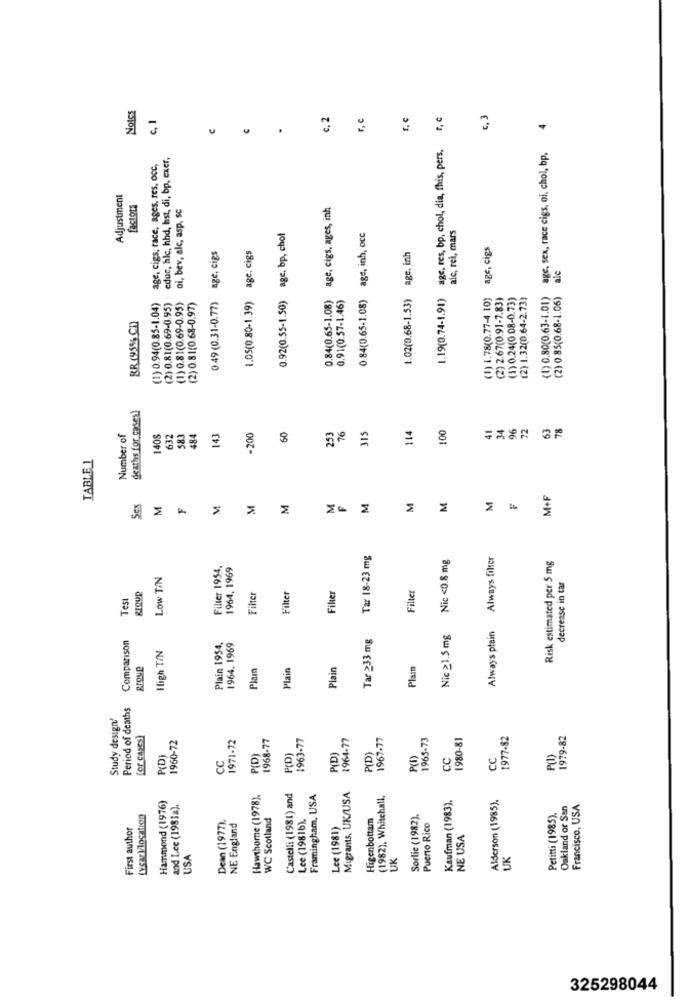
Notes
c. I
c, 2
age, res, bp, chol, dia, fhis, pers, r, c
c, 3
4
age, sex, race cigs, oi, chol, bp,
educ, hlc, hhd, hst, di, bp, exer,
age, cigs, race, ages, res, occ,
Adjustment
factors
oi, bev, alc, asp, sc
age, cigs, ages, inh
aic, rei, mars
0.92(0.55-1.50) agc, bp, chol
0.84(0.65-1.08) age, inh, occ
0.49 (0.31-0.77) age, cigs
1.05(0.80-1.39) age, cigs
age, cigs
1.02(0.68-1.53) age, inh
le
(1) 0.94(0.85-1.04)
(2) 0.81(0.69-0.95)
(1) 0.81(0.69-0.95)
0.84(0.65-1.08)
1.19(0.74-1.91)
(1) 1.78(0.77-4.10)
(2) 2.67(0.91-7.83)
(1) 0.24(0.08-0.73)
(2) 1.32(0.64-2.73)
(1) 0.80(0.63-1.01)
(2) 0.85(0.68-1.06)
(2) 0.81(0.68-0.97)
0.91(0.57-1.46)
BR (95%% CD)
deaths for cases)
50
253
315
114
100
41
34
96
72
63
78
Number of
1408
632
583
484
143
-200
76
TABLE 1
M
M+F
Sex
M
M
M
M
M
M
M
M
F
Tar 18-23 mg
Nic <0.8 mg
Always filter
Risk estimated per 5 mg
Filter 1954
1964, 1969
Low T/N
Filter
decrease in tar
Test
RIQUP
Filter
Filter
Filter
Nic ≥1.5 mg
Always plain
Comparison
Tar ≥33 mg
Hligh TIN
Plain 1954.
1964. 1969
group
Plain
Plain
Plain
Plair
Period of deaths
Study design!
for cases)
1960-72
1971-72
1968-77
1963-77
1964-77
1967-77
1965-73
1980-81
1977-82
1979-82
P(D)
CC
P(D)
P(D)
P(D)
P(D)
P(I)
CC
CC
P(1)
Hawthorne (1978).
Castelli (1981) and
Framingham, USA
Migrants, UK/USA
(1982), Whitehall,
Kaufman (1983).
Alderson (1985).
Hammond (1976)
and Lee (1981a).
Oakland or San
Francisco, USA
WC Scotland
Lee (19816).
Higenbottam
Sorlic (1982).
Petitti (1985).
First author
Dean (1977).
NE England
Lee (1981)
Puerto Rico
NE USA
USA
UK
UK
325298044